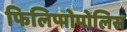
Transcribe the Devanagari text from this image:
फिलिप्पोपोलिस